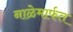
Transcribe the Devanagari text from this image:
नाळेमार्फत